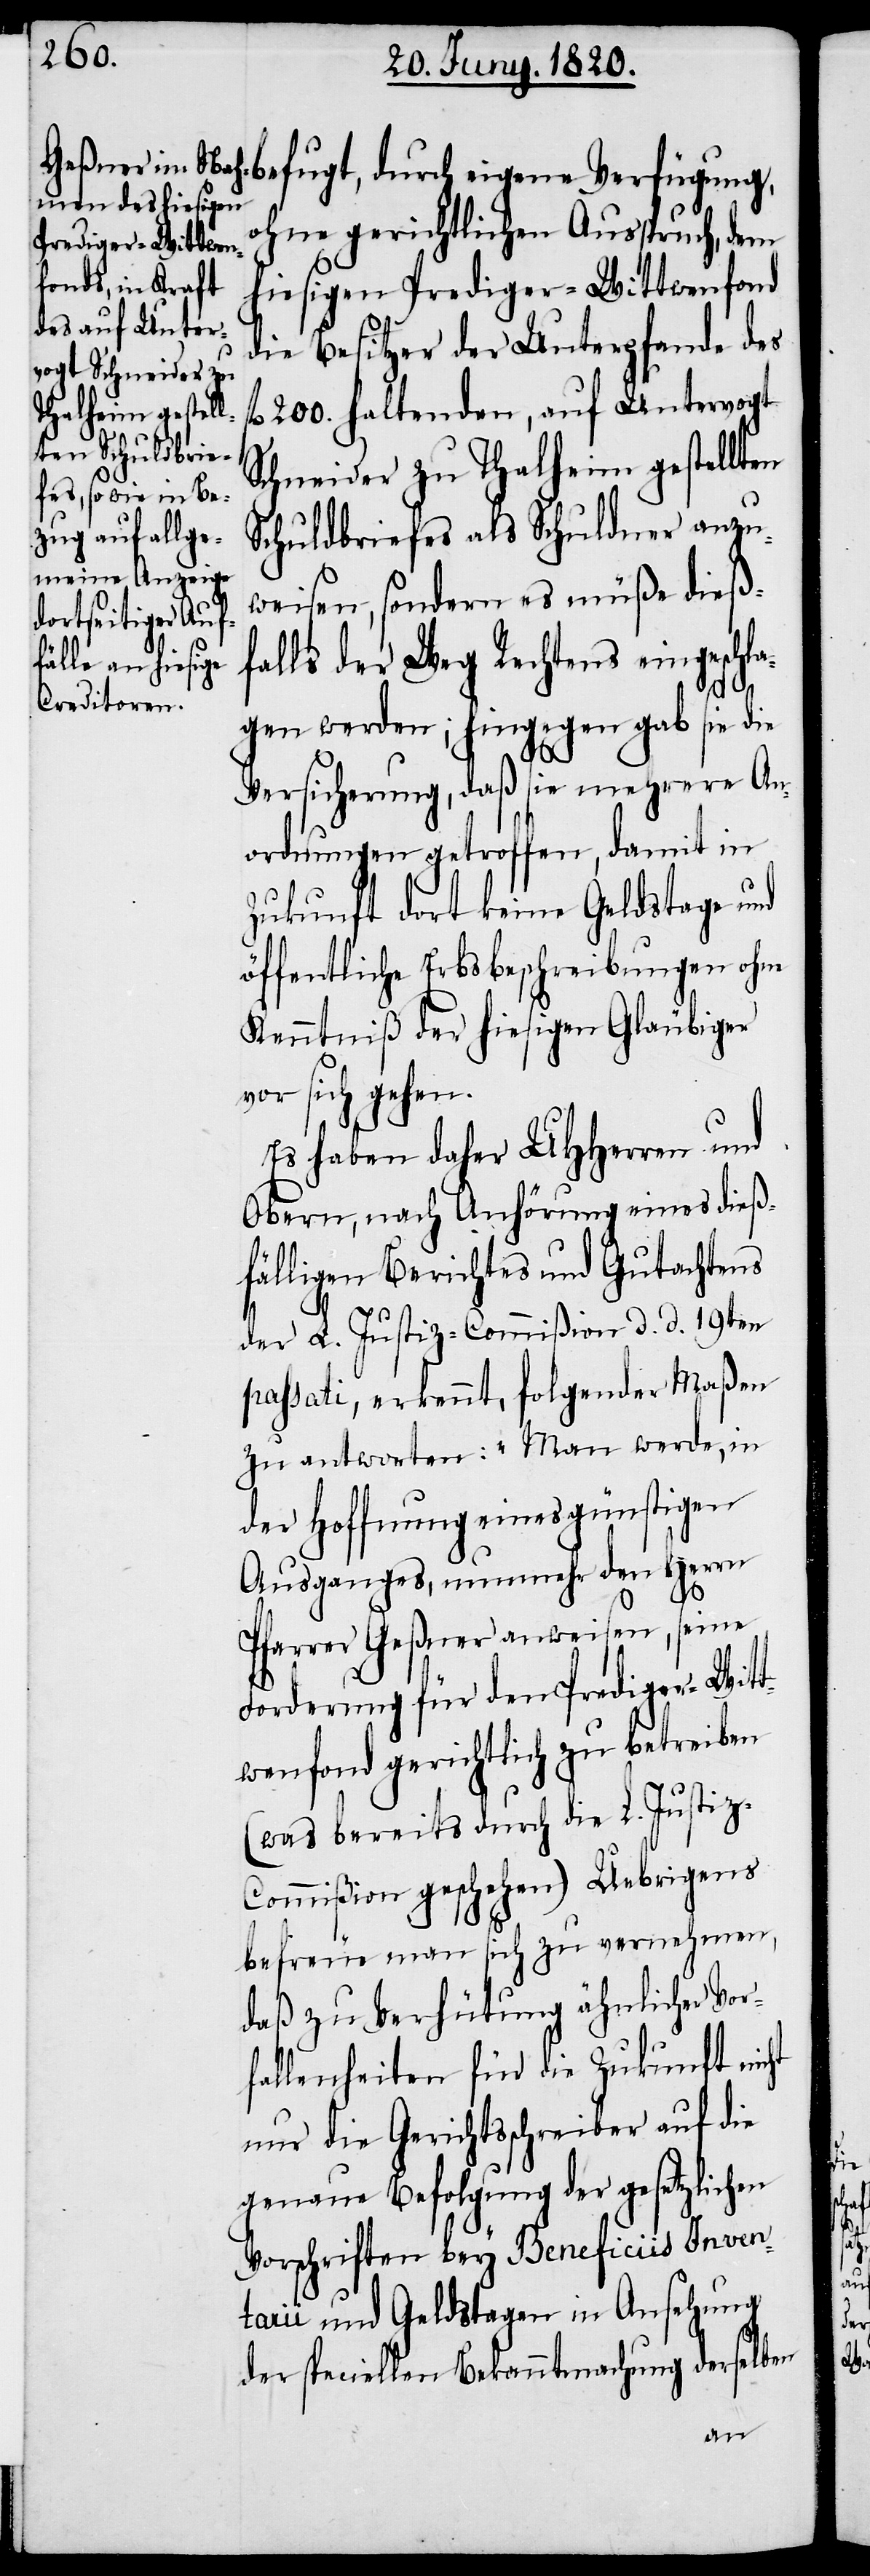
ohne gerichtlichen Ausspruch, dem
hiesigen Prediger-Wittwenfond
die Besitzer der Unterpfande des
200. haltenden, auf Untervogt
Schneider zu Thalheim gestellten
Schuldbriefes als Schuldner anzu¬
weisen, sondern es müße dieß¬
falls der Weg Rechtens eingeschla¬
gen werden; hingegen gab sie die
Versicherung, daß sie mehrere An¬
ordnungen getroffen, damit in
Zukunft dort keine Geldstage und
öffentliche Erbsbeschreibungen ohne
Kenntniß der hiesigen Gläubiger
vor sich gehen.
Es haben daher UHherren und
Obern, nach Anhörung eines dieß¬
fälligen Berichtes und Gutachtens
der L. Justiz-Commiβion d. d. 19ten
passati, erkennt, folgender Maßen
zu antworten: „Man werde, in
der Hoffnung eines günstigen
Ausganges, nunmehr den Herrn
Pfarrer Geßner anweisen, seine
Forderung für den Prediger-Witt¬
wenfond gerichtlich zu betreiben
(was bereits durch die L Justiz-C¬
ommiβion geschehen) Uebrigens
befreue man sich zu vernehmen,
daß zu Verhütung ähnlicher Vor¬
fallenheiten für die Zukunft nicht
nur die Gerichtsschreiber auf die
genaue Befolgung der gesetzlichen
Vorschriften bey Beneficiis Inven¬
tarii und Geldstagen in Ansehung
der speciellen Bekanntmachung derselben